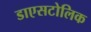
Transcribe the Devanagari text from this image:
डाएसटोलिक